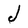
Character: J